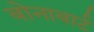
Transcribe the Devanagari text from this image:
बोनाबार्ट